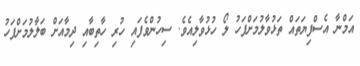
އަމްނާ އެސްފިޔަތައް ތަޅުވާލުމަށްފަހު ލޯ ހުޅުވާލިއެވެ. ސިހުންވެފައި ހުރި ހާތިބާއި ދިމާއަށް ބަލާލުމަށްފަހު